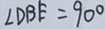
\angle D B E = 9 0 ^ { \circ }